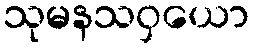
သုမနသဝှယော